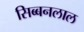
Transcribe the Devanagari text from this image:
सिब्‍बनलाल